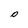
Character: D